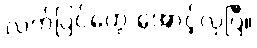
လက်ပြင်တွေ အောင့်လှပြီ။